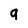
Character: q